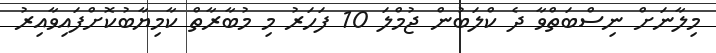
މިލާނަށް ނިސްބަތްވާ ދެ ކްލަބުން ޖުމްލަ 10 ފަހަރު މި މުބާރާތް ކާމިޔާބުކޮށްފައިވާއިރު